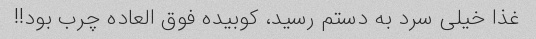
غذا خیلی سرد به دستم رسید، کوبیده فوق العاده چرب بود!!